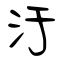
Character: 汙